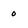
Character: 0